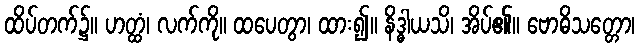
ထိပ်တက်၌။ ဟတ္ထံ၊ လက်ကို။ ထပေတွာ၊ ထား၍။ နိဒ္ဓါယသိ၊ အိပ်၏။ ဗောဓိသတ္တော၊